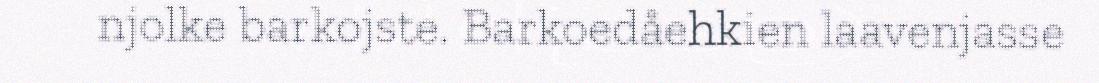
njolke barkojste. Barkoedåehkien laavenjasse